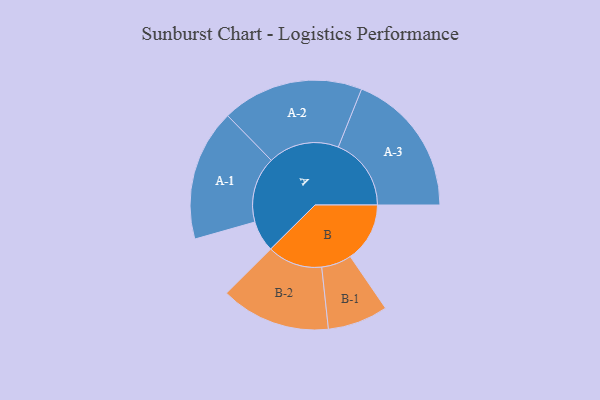
{"axis": {"x": "Segment", "y": "Value"}, "legend": ["", "A", "B"], "data": [{"x": "A", "y": 109, "type": ""}, {"x": "B", "y": 209, "type": ""}, {"x": "A-1", "y": 231, "type": "A"}, {"x": "A-2", "y": 249, "type": "A"}, {"x": "A-3", "y": 256, "type": "A"}, {"x": "B-1", "y": 106, "type": "B"}, {"x": "B-2", "y": 193, "type": "B"}]}